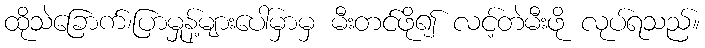
ထိုသဲခြောက်၊ပြာမှုန့်များပေါ်မှာမှ မီးတင်ဖို၍ လင့်တဲမီးဖို လုပ်ရသည်။